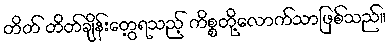
တိတ် တိတ်ချိန်းတွေ့ရသည့် ကိစ္စတို့လောက်သာဖြစ်သည်။